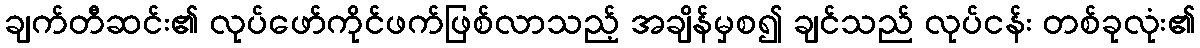
ချက်တီဆင်း၏ လုပ်ဖော်ကိုင်ဖက်ဖြစ်လာသည့် အချိန်မှစ၍ ချင်သည် လုပ်ငန်း တစ်ခုလုံး၏